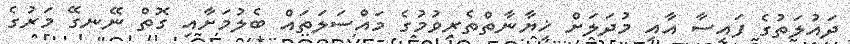
ދައުލަތުގެ ފައިސާ އާއި މުދަލަށް ޚިޔާނާތްތެރިވުމުގެ މައްސަލަތައް ބެލުމަށާއި ގޮތް ނޭނގޭ މަރުގެ